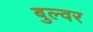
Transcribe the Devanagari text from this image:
बुल्वर